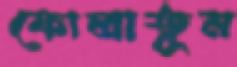
ফোলাতুম